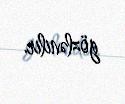
gözlənilir.